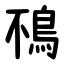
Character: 鴀